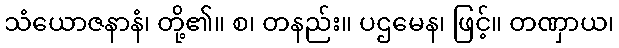
သံယောဇနာနံ၊ တို့၏။ စ၊ တနည်း။ ပဌမေန၊ ဖြင့်။ တဏှာယ၊